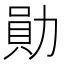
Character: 勛